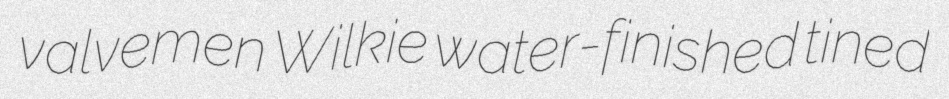
valvemen Wilkie water-finished tined